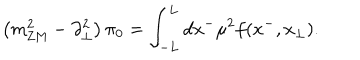
\left( m _ { \mathrm { Z M } } ^ { 2 } - \partial _ { \perp } ^ { 2 } \right) \pi _ { 0 } = \int _ { - L } ^ { L } d x ^ { - } \mu ^ { 2 } f ( x ^ { - } , x _ { \perp } ) .